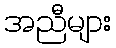
အညီများ